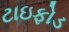
ટાઇફોડ